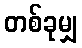
တစ်ခုမျှ